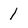
Character: 1